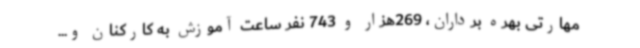
مهارتی بهره برداران، 269هزار و 743 نفر ساعت آموزش به کارکنان و...